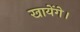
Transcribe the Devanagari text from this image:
खायेंगे।